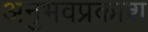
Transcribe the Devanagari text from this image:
अनुभवप्रकाश